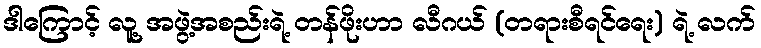
ဒါကြောင့် လူ့ အဖွဲ့အစည်းရဲ့ တန်ဖိုးဟာ လီဂယ် (တရားစီရင်ရေး) ရဲ့ လက်